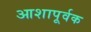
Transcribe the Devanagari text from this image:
आशापूर्वक